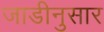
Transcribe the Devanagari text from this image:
जाडीनुसार